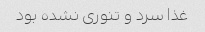
غذا سرد و تنوری نشده بود